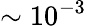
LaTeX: \sim 10^{-3}